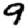
Digit: 9